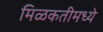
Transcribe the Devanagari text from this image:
मिळकतीमध्ये